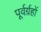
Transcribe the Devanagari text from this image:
पूर्वर्ग्रहों